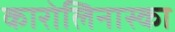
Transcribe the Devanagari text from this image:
कारोलिनास्का